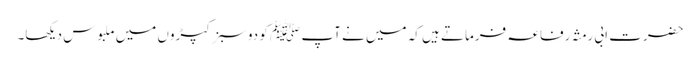
حضرت ابی رِمثہ رفاعہ فرماتے ہیں کہ میں نے آپ ﷺ کو دو سبز کپڑوں میں ملبوس دیکھا۔